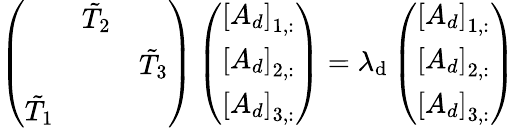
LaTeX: \left(\begin{array}{lll}&{\tilde{T}_{2}}&\\ &&{\tilde{T}_{3}}\\ {\tilde{T}_{1}}&&\end{array}\right)\left(\begin{array}{l}{\left[A_{d}\right]_{1,:}}\\ {\left[A_{d}\right]_{2,:}}\\ {\left[A_{d}\right]_{3,:}}\end{array}\right)=\lambda_{\mathrm{d}}\left(\begin{array}{l}{\left[A_{d}\right]_{1,:}}\\ {\left[A_{d}\right]_{2,:}}\\ {\left[A_{d}\right]_{3,:}}\end{array}\right)